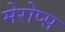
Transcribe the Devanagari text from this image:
मेरोप्स